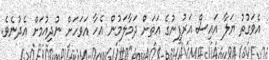
އެވަގުތު ޔަލާ އައިސް އަރުފީނުގެ އަތަށް ދަމާލަމުން އެހާ އަވަހަށް ނުދިއުމަށް އެދުނެވެ.